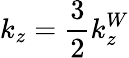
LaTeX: k_{z}=\frac{3}{2}k_{z}^{W}